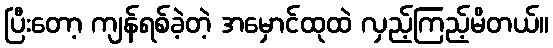
ပြီးတော့ ကျန်ရစ်ခဲ့တဲ့ အမှောင်ထုထဲ လှည့်ကြည့်မိတယ်။